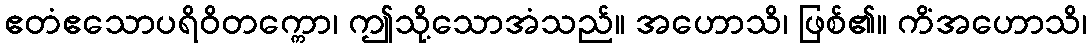
ဧတံဧသောပရိဝိတက္ကော၊ ဤသို့သောအံသည်။ အဟောသိ၊ ဖြစ်၏။ ကိံအဟောသိ၊